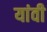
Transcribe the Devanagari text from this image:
यांवी